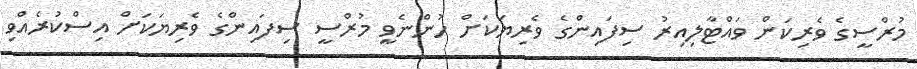
މުރްސީގެ ވެރިކަން ވައްޓާލިއިރު ސިފައިންގެ ވެރިޔަކަށް ހުންނެވީ މުރްސީ ސިފައިންގެ ވެރިޔަކަށް އިސްކުރެއްވި